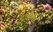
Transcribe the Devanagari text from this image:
दाहोत्तर